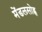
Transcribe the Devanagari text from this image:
मेंडलसोह्न